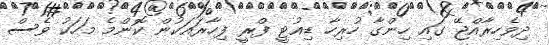
ދިވެހިރާއްޖޭ ގައި ހިންގާ ހުރިހާ ޑިއުޓީ ފްރީ ފިހާރައަކުން ކޮންމެ މަހަކު ވެސް